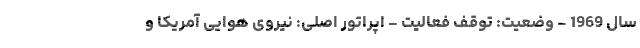
سال 1969 - وضعیت: توقف فعالیت - اپراتور اصلی: نیروی هوایی آمریکا و